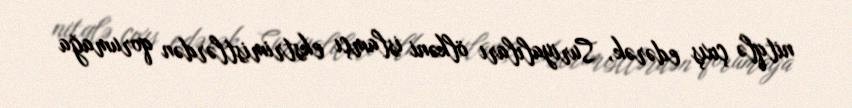
nitqlə çıxış edərək, Suriyalıları ölkəni islamçı ekstrimistlərdən qorumağa